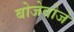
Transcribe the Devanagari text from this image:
बोजेवोजे